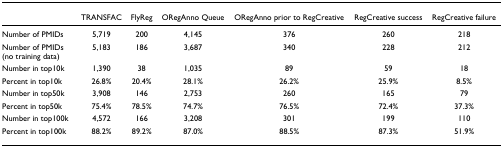
<table><thead><tr><td></td><td><b>TRANSFAC</b></td><td><b>FlyReg</b></td><td><b>ORegAnno Queue</b></td><td><b>ORegAnno prior to RegCreative</b></td><td><b>RegCreative success</b></td><td><b>RegCreative failure</b></td></tr></thead><tbody><tr><td>Number of PMIDs</td><td>5,719</td><td>200</td><td>4,145</td><td>376</td><td>260</td><td>218</td></tr><tr><td>Number of PMIDs (no training data)</td><td>5,183</td><td>186</td><td>3,687</td><td>340</td><td>228</td><td>212</td></tr><tr><td>Number in top10k</td><td>1,390</td><td>38</td><td>1,035</td><td>89</td><td>59</td><td>18</td></tr><tr><td>Percent in top10k</td><td>26.8%</td><td>20.4%</td><td>28.1%</td><td>26.2%</td><td>25.9%</td><td>8.5%</td></tr><tr><td>Number in top50k</td><td>3,908</td><td>146</td><td>2,753</td><td>260</td><td>165</td><td>79</td></tr><tr><td>Percent in top50k</td><td>75.4%</td><td>78.5%</td><td>74.7%</td><td>76.5%</td><td>72.4%</td><td>37.3%</td></tr><tr><td>Number in top100k</td><td>4,572</td><td>166</td><td>3,208</td><td>301</td><td>199</td><td>110</td></tr><tr><td>Percent in top100k</td><td>88.2%</td><td>89.2%</td><td>87.0%</td><td>88.5%</td><td>87.3%</td><td>51.9%</td></tr></tbody></table>